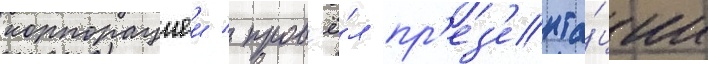
корпорациеи / пров'ё́л пр'ез'ента́ции